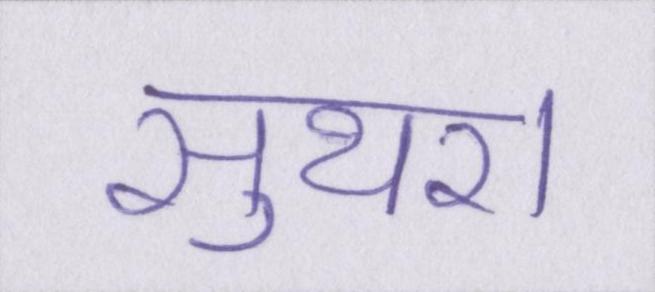
सुथरा